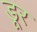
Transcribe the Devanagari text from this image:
डूर